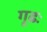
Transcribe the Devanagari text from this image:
गूढः